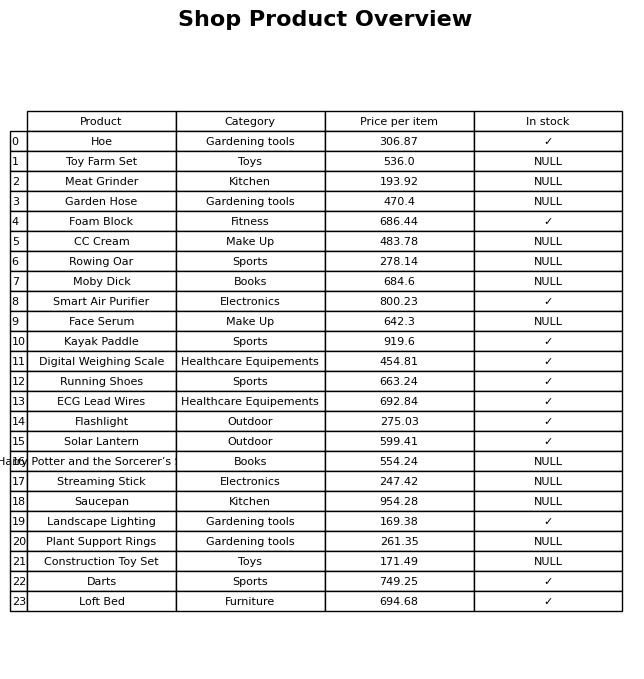
question: What category does the Harry Potter and the Sorcerer’s Stone belong to?
answer: Books